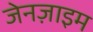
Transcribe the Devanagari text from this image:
जेनज़ाइम